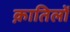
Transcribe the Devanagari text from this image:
क़ातिलों